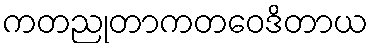
ကတညုတာကတဝေဒိတာယ